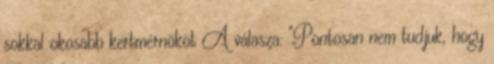
sokkal okosabb kertmérnököt A válasza: "Pontosan nem tudjuk, hogy